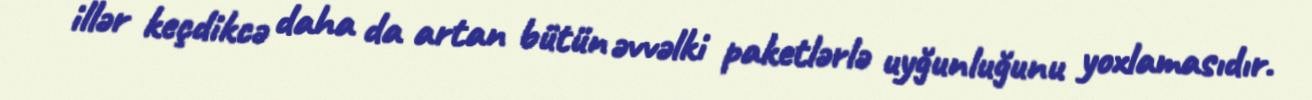
illər keçdikcə daha da artan bütün əvvəlki paketlərlə uyğunluğunu yoxlamasıdır.